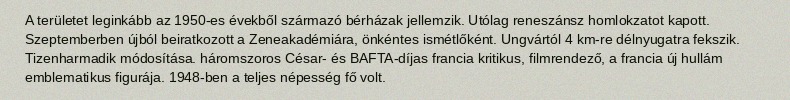
A területet leginkább az 1950-es évekből származó bérházak jellemzik. Utólag reneszánsz homlokzatot kapott. Szeptemberben újból beiratkozott a Zeneakadémiára, önkéntes ismétlőként. Ungvártól 4 km-re délnyugatra fekszik. Tizenharmadik módosítása. háromszoros César- és BAFTA-díjas francia kritikus, filmrendező, a francia új hullám emblematikus figurája. 1948-ben a teljes népesség fő volt.